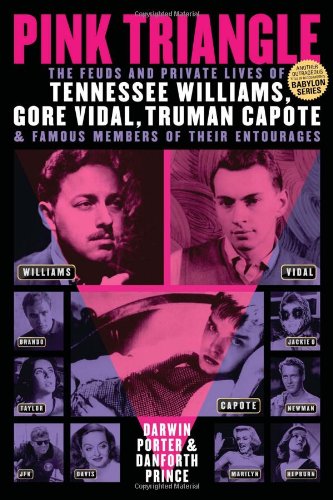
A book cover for Pink Triangle: The Feuds and Private Lives of Tennessee Williams, Gore Vidal, Truman Capote, and Famous Members of Their Entourages; Darwin Porter; Literature & Fiction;